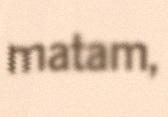
matam,